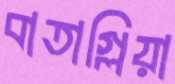
বাতাগ্লিয়া